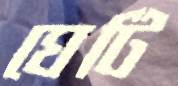
ঘেটি